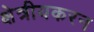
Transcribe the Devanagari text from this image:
क्षेत्रीयकरन